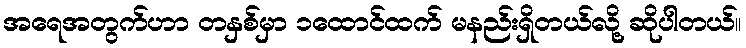
အရေအတွက်ဟာ တနှစ်မှာ ၁ထောင်ထက် မနည်းရှိတယ်လို့ ဆိုပါတယ်။